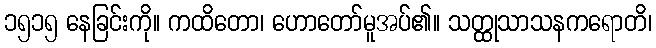
၁၅၁၅ နေခြင်းကို။ ကထိတော၊ ဟောတော်မူအပ်၏။ သတ္ထုသာသနကရောတိ၊